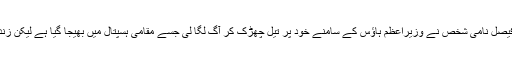
راولپنڈی کے فیصل نامی شخص نے وزیراعظم ہاؤس کے سامنے خود پر تیل چھڑک کر آگ لگا لی جسے مقامی ہسپتال میں بھیجا گیا ہے لیکن زندہ نہیں بچ سکا۔